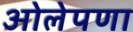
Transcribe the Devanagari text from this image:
ओलेपणा